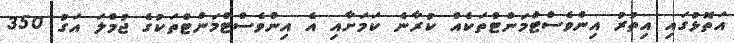
އަތޮޅުގައި އިތުރު އިންވެސްޓްމަންޓްތަކެއް ކުރާނެ ކަމަށާއި އެ އިންވެސްޓްމަންޓްތަކުގެ ޖުމްލަ އަގު 350